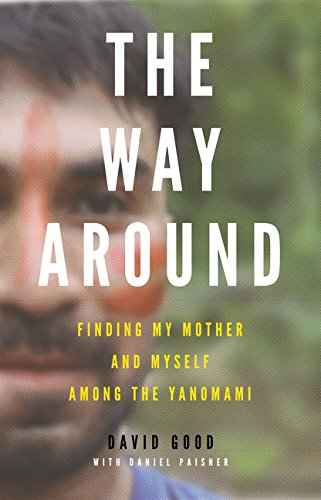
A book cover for The Way Around: Finding My Mother and Myself Among the Yanomami; David Good; Parenting & Relationships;